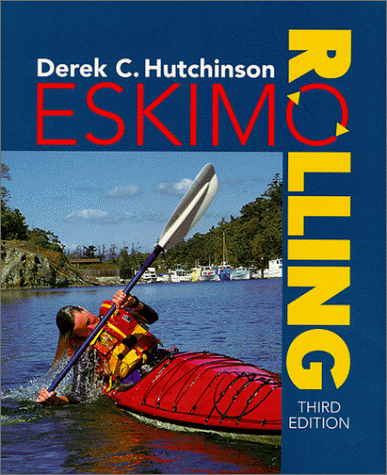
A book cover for Eskimo Rolling, 3rd (Sea Kayaking How- To); Derek C. Hutchinson; Sports & Outdoors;